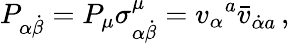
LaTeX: P_{\alpha\dot{\beta}}=P_{\mu}\sigma_{\alpha\dot{\beta}}^{\mu}=v_{\alpha}{}^{a}\bar{v}_{\dot{\alpha}{}a}\, ,